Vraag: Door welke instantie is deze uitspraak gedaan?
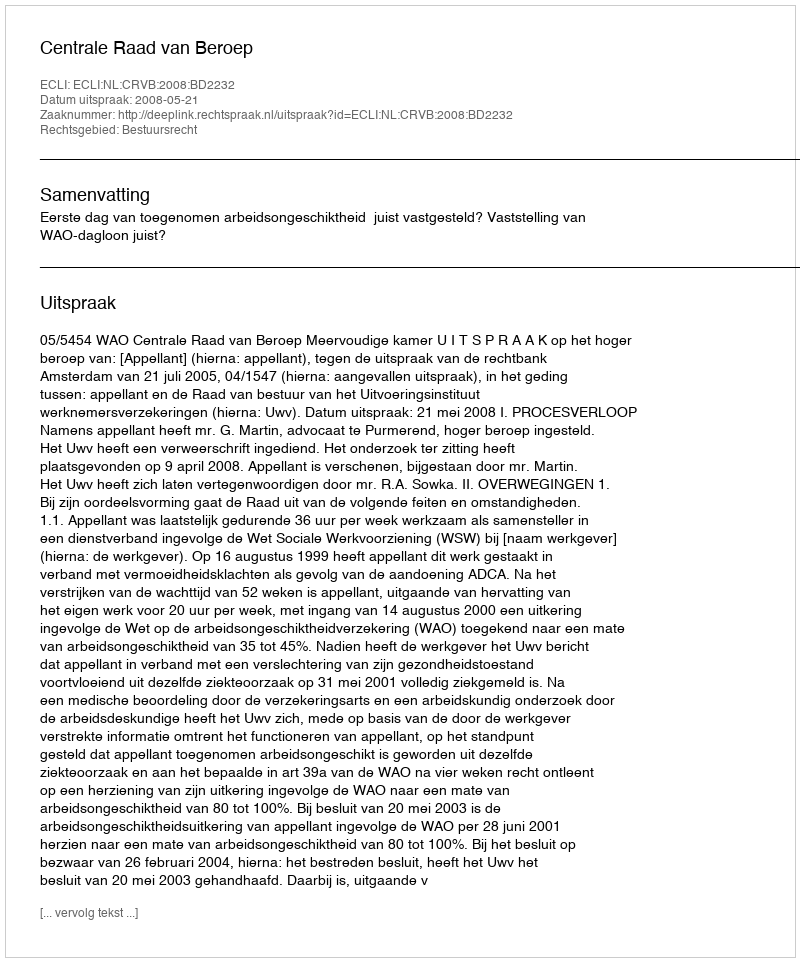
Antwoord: Centrale Raad van Beroep